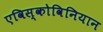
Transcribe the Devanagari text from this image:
एविस्कोविनियान